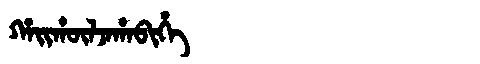
Manchu: ᡥᠠᡳᡥᡡᠯᠵᠠᡥᠠᠪᡳᡥᡝ
Romanization: HAIHŪLJAHABIHE